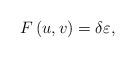
LaTeX: \begin{align*}F\left( u,v\right) =\delta\varepsilon,\end{align*}